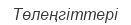
Төлеңгіттері